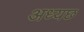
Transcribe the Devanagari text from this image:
अध्यछ